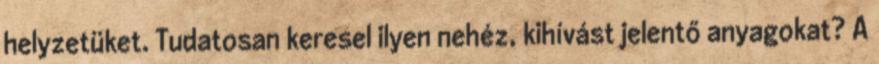
helyzetüket. Tudatosan keresel ilyen nehéz, kihívást jelentő anyagokat? A